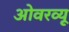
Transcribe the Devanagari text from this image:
ओवरव्यू